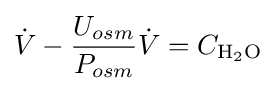
{\dot {V}}-{\frac {U_{osm}}{P_{osm}}}{\dot {V}}=C_{\mathrm {H} {\vphantom {A}}_{\smash[{t}]{2}}\mathrm {O} }